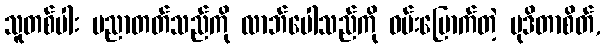
သူတစ်ပါး ပညာတတ်သည်ကို လာဘ်ပေါသည်ကို ဝမ်းမြောက်တဲ့ မုဒိတာစိတ်,